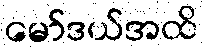
မော်ဒယ်အထိ